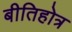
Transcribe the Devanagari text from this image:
बीतिहोत्र